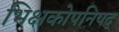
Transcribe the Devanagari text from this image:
भिक्षकोपनिषद्